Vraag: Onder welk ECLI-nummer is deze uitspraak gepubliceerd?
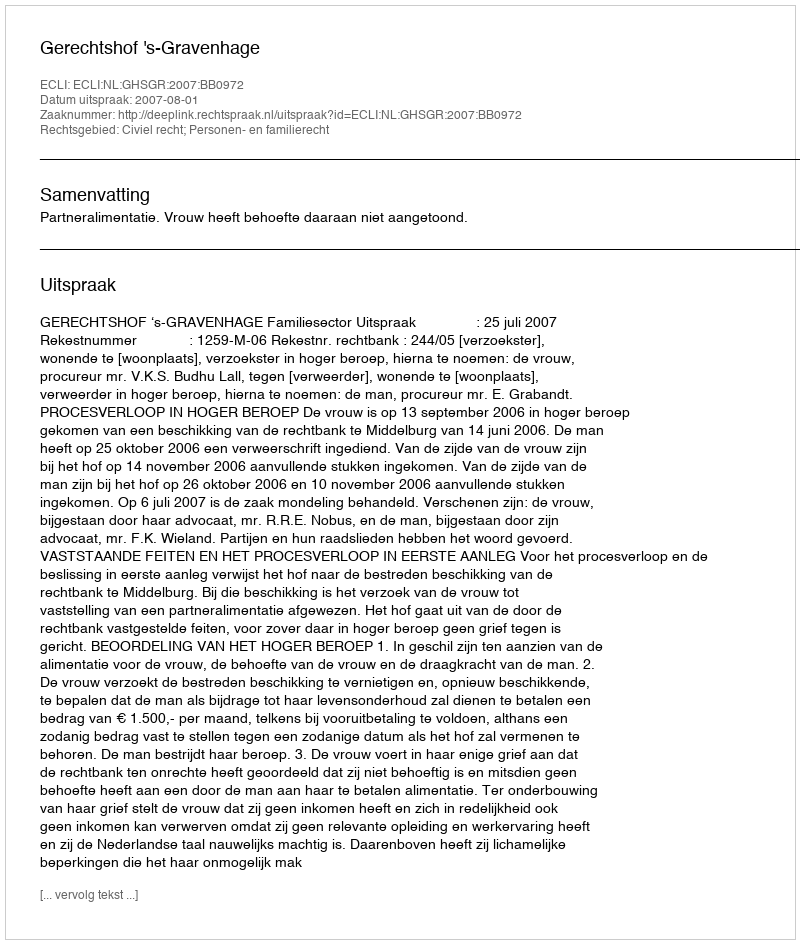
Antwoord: ECLI:NL:GHSGR:2007:BB0972